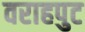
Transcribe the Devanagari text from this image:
वराहपुट